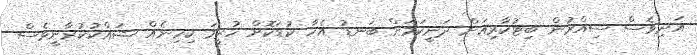
އަދިވެސް ސިއްރުން ބިޓުކާރިއަށް ދަނީކަމަށް ބަނޑު އެހާ ކުޑަކޮށް ހުރީމަ ކިހިނެއް ޝައްކުކުރާނީވެސް